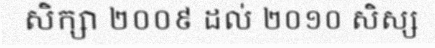
សិក្សា ២០០៩ ដល់ ២០១០ សិស្ស